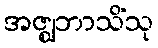
အဇ္ဈဘာသိံသု